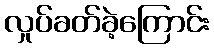
လှုပ်ခတ်ခဲ့ကြောင်း